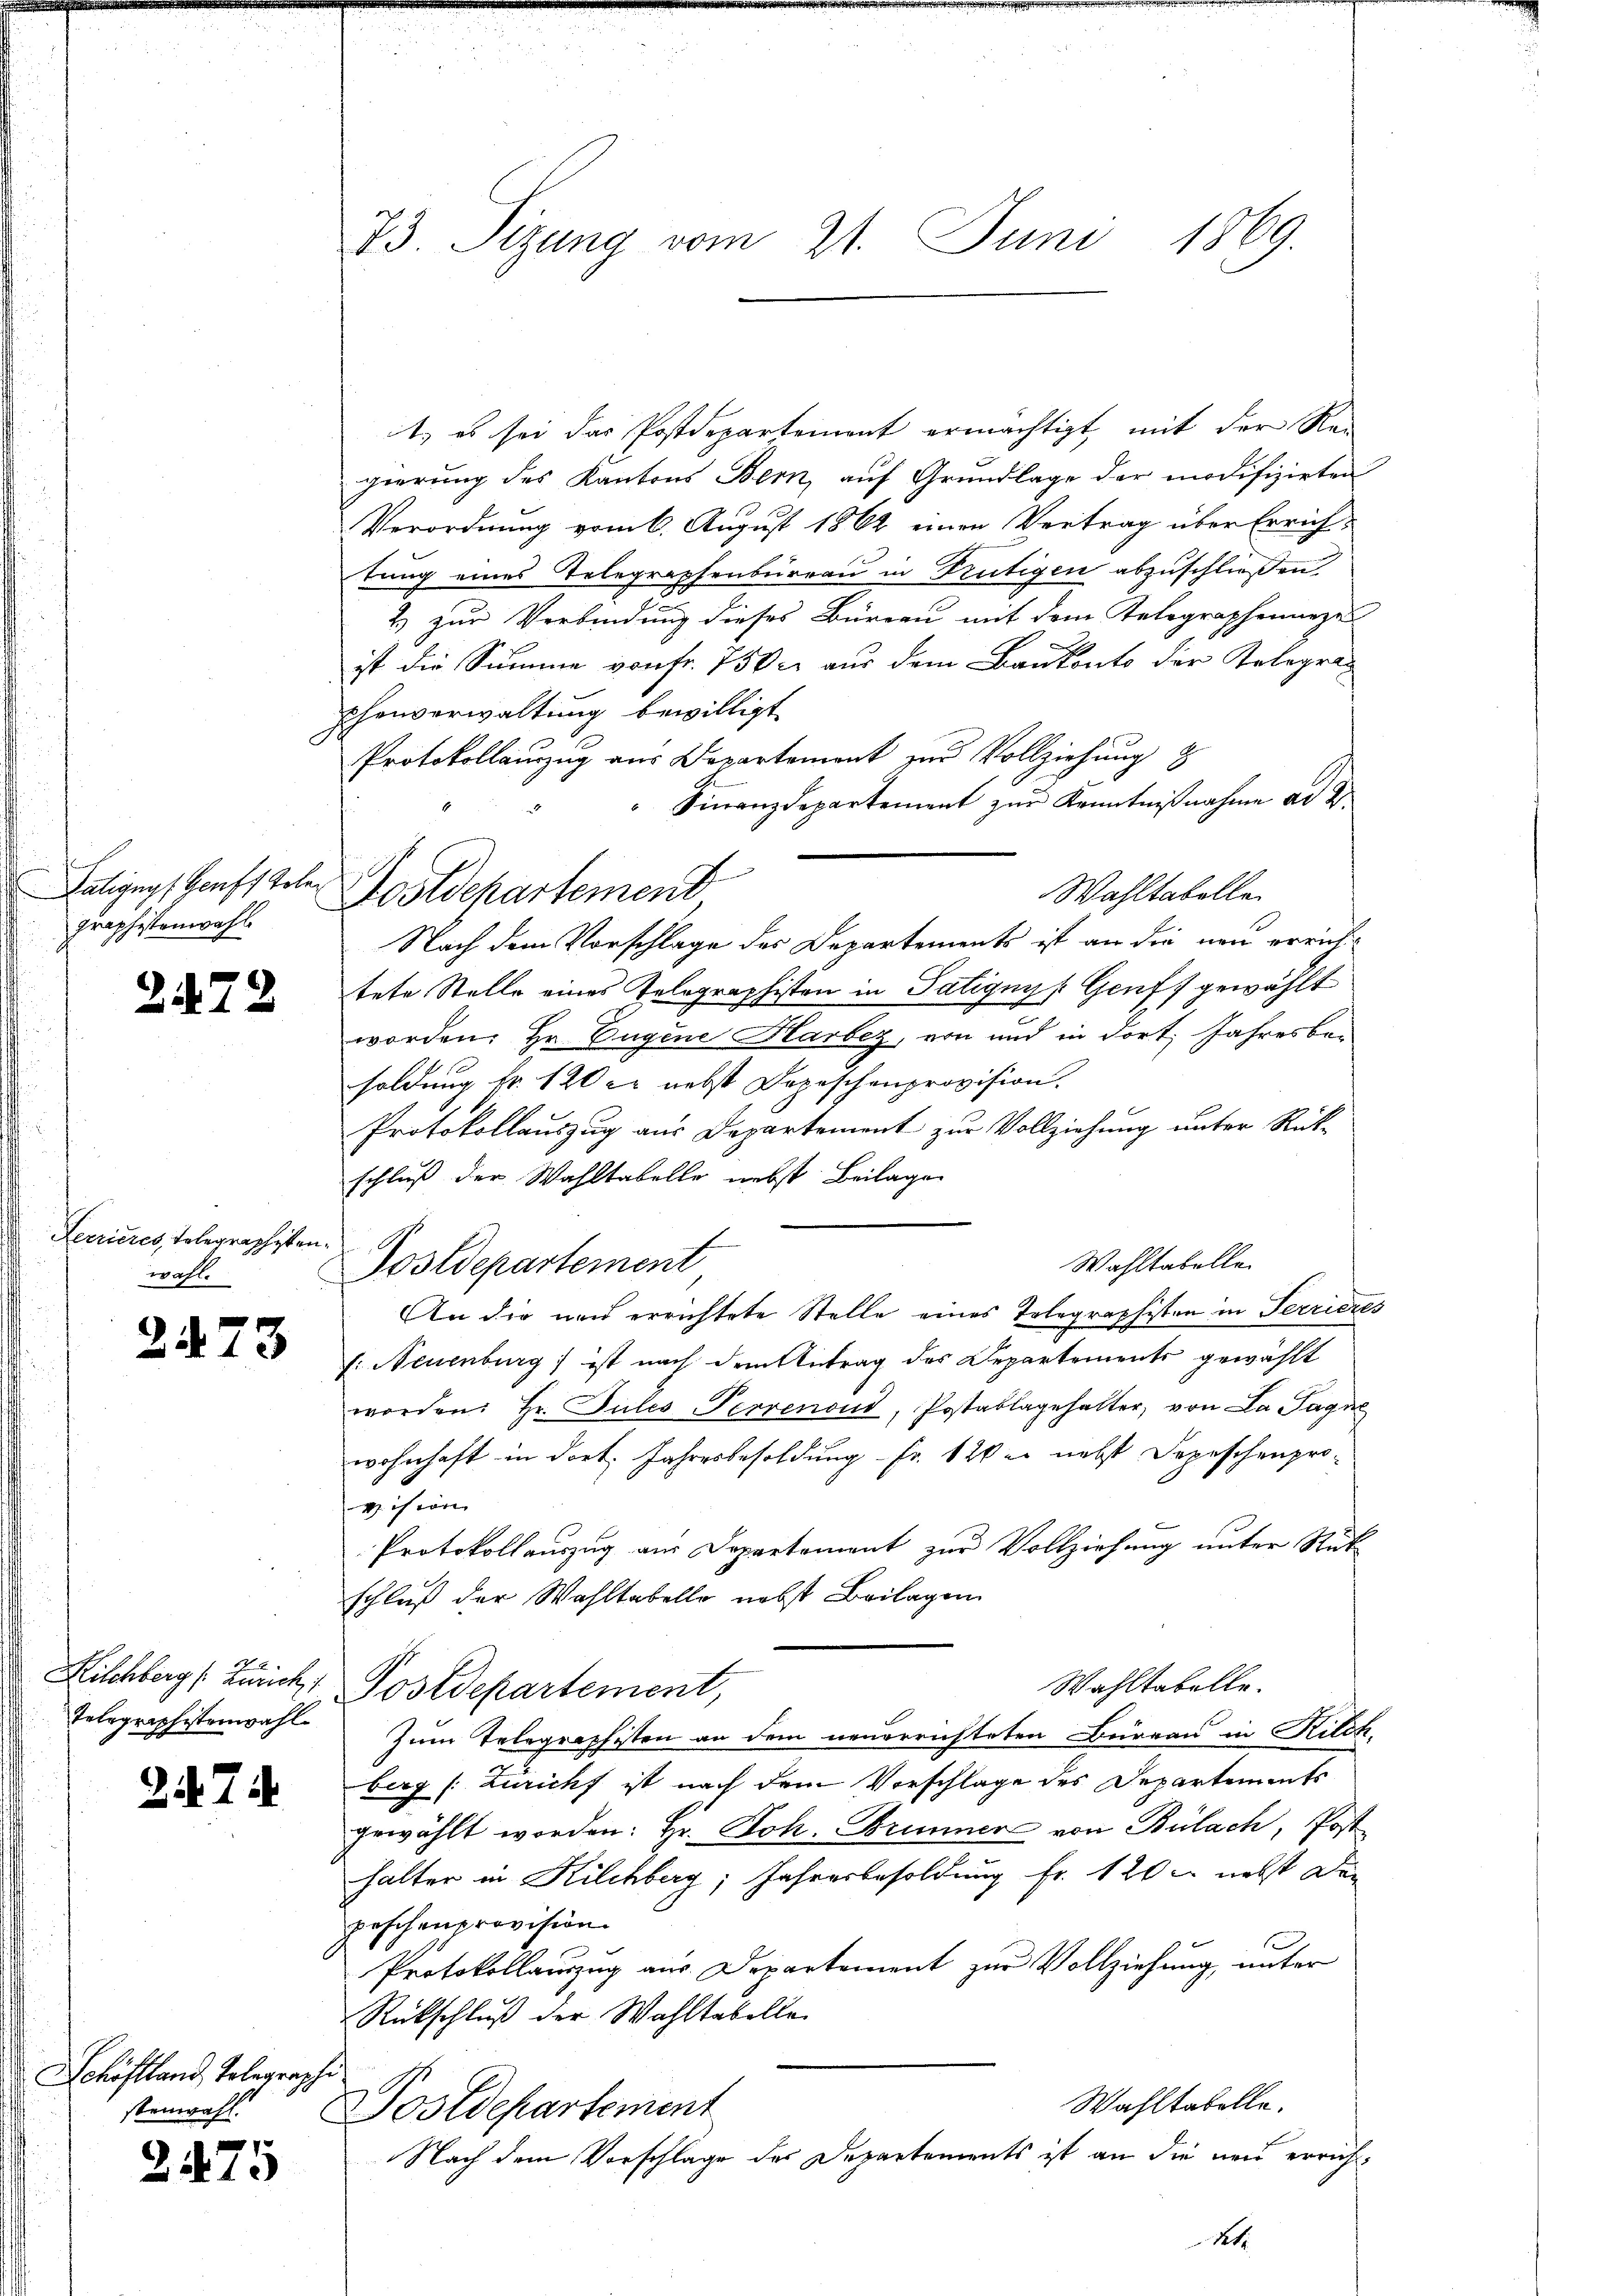
graphistenwahl

2472

Ferrieres, Telegraphistenwahl.

273

Telegraphistenwahl

27

Schöfland, Telegraphi

3475

73. Sizung vom 21. Juni 1869.

t, es sei das Postdepartement ermächtigt, mit der Regierung des Kantons Bern, auf Grundlage der modifizirten
Verordnung vom 6. August 1862 einen Vertrag über Errichtung eines Telegraphenbureau in Frutigen abzuschließen.
2) zur Verbindung dieses Büreau mit dem Telegraphenneze
ist die Summe von fr. 7500 aus dem Baukonto der Telegraphenverwaltung bewilligt
Protokollauszug aus Departement zur Vollziehung
Finanzdepartement zŭr Kenntnißnahme ad 2
Wahltabelle.
Nach dem Vorschlage des Departements ist an die neu errichttete Stelle eines Telegraphisten in Patignys Genf gewählt
worden. Hr. Eugene Harbez, von und in dort Jahresbe-
soldung kr. 120 er nebst Depeschenprovision.
Protokollauszug aus Departement zur Vollziehung unter Rück-
schluß der Wahltabelle nebst Beilage
Wahltabelle
Postdepartement
An die neu errichtete Stelle eines Telegraphisten in Terrieres
s: Neuenburg ist nach dem Antrag des Departements gewählt
worden: Hr. Pules Perrenoud, Postablagehalter, von La Pagne
wohnhaft in dort. Jahresbesoldung Fr. 120 er nebst Depeschenprovision
Protokollauszug aus Departement zur Vollziehung unter Rüt
schluß der Wahltabelle nebst Beilagen
Kilchberg (Lunch Postdepartement,
Wahltabelle.
Zum Telegraphisten an dem neuerrichteten Büreau in Kilch,
berg (Züricht ist nach dem Vorschlage des Departements
gewählt worden: Hr. Joh. Brunner von Bülach, Post
halter in Kilchberg, Jahresbesoldung fr. 120 nebst den
peschenprovision.
Protokollauszug aus Departement zur Vollziehung unter
Rückschluß der Wahltabelle
Wahltabelle.
stenwahl. Postdepartement
Nach dem Vorschlage des Departements ist an die neu erricht¬
Ret

Salings Haufstehen Postdepartement